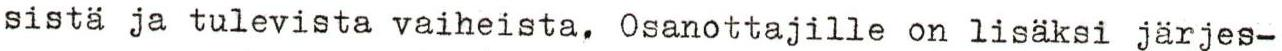
sistä ja tulevista vaiheista. Osanottajille on lisäksi järjes-